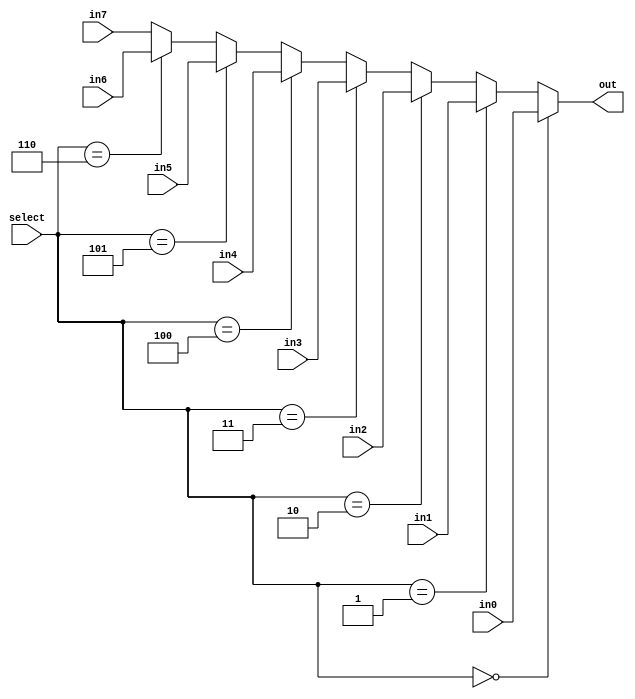
`timescale 1ns / 1ps
///////////////////////////////////////////////////////////////////////////////
// ENGI-0538-WB Computer Organization
// Lab Project: Single Cycle Processor
// Module Name:    mux8
// Target Devices: Xilinx Spartan 3E Starter Board
///////////////////////////////////////////////////////////////////////////////
module mux8(
    input [7:0] in0,
    input [7:0] in1,
    input [7:0] in2,
    input [7:0] in3,
    input [7:0] in4,
    input [7:0] in5,
    input [7:0] in6,
    input [7:0] in7,
    input [2:0] select,
    output [7:0] out
    );

    assign out = select == 3'b000 ? in0 :
                 select == 3'b001 ? in1 :
                 select == 3'b010 ? in2 :
                 select == 3'b011 ? in3 :
                 select == 3'b100 ? in4 :
                 select == 3'b101 ? in5 :
                 select == 3'b110 ? in6 : in7;
endmodule